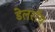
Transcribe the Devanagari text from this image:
डेलराॅय